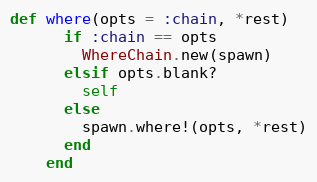
Language: Ruby
def where(opts = :chain, *rest)
      if :chain == opts
        WhereChain.new(spawn)
      elsif opts.blank?
        self
      else
        spawn.where!(opts, *rest)
      end
    end